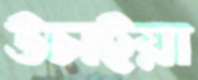
উচাইয়া